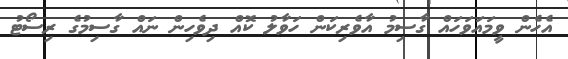
އެހެން ވީމައަވަހައް ގާސިމު އާވެރިކަން ހަވާލު ކޮއް ދިވެހިން ނައް ގާސިމުގެ ރިސޯޓު